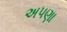
અપણા